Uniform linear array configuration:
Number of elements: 24
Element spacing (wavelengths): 1
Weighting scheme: binomial
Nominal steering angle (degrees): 0
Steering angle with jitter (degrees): -1.424
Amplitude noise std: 0.05
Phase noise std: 0.05

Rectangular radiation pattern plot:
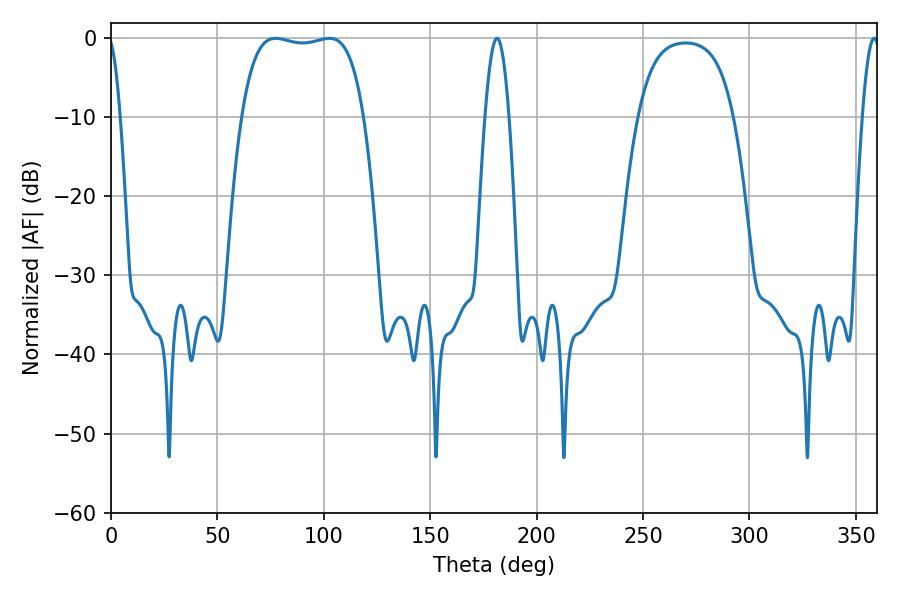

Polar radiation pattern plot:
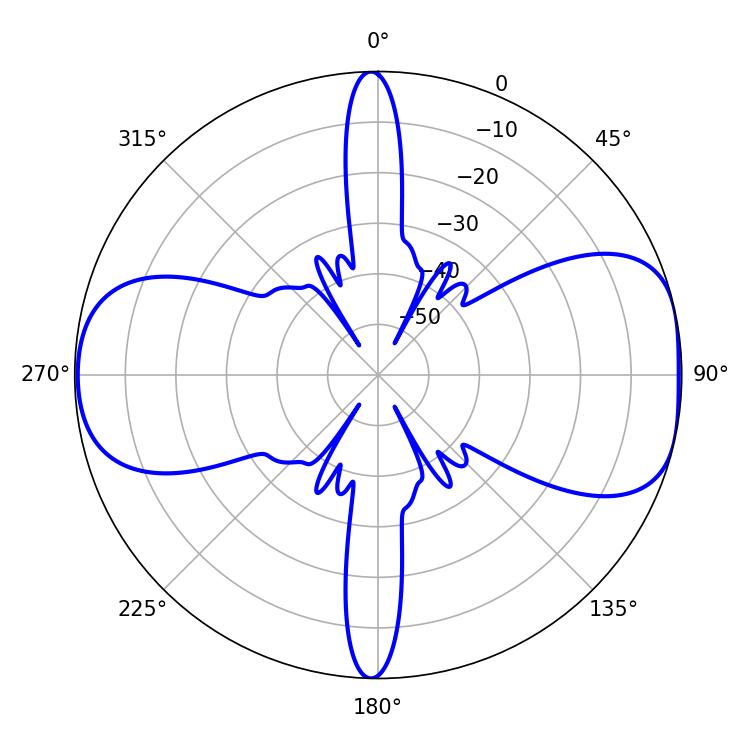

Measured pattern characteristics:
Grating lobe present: TRUE
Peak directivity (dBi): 8.452
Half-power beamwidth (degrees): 45.72
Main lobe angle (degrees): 77.4